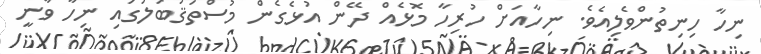
ނިހާ ހިނިތުންވެލިއެވެ. ނިހާއަށް ހުރިހާ މޮޅެއް ދޭން އުޅެގެން މުސްތަޤުބަލުގައި ނިހާ ވާނީ